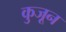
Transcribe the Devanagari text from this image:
कुजून